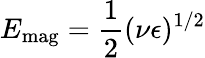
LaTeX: E_{\textrm{mag}}=\frac{1}{2}(\nu\epsilon)^{1/2}